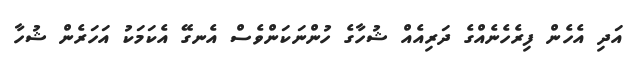
އަދި އެހެން ފިރެހެނެއްގެ ދަރިއެއް ޝުހާގެ ހުންނަކަންވެސް އެނގޭ އެކަމަކު އަހަރެން ޝުހާ